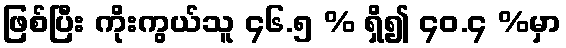
ဖြစ်ပြီး ကိုးကွယ်သူ ၄၆.၅ % ရှိ၍ ၄၀.၄ %မှာ